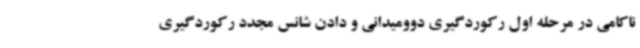
ناکامی در مرحله اول رکوردگیری دوومیدانی و دادن شانس مجدد رکوردگیری